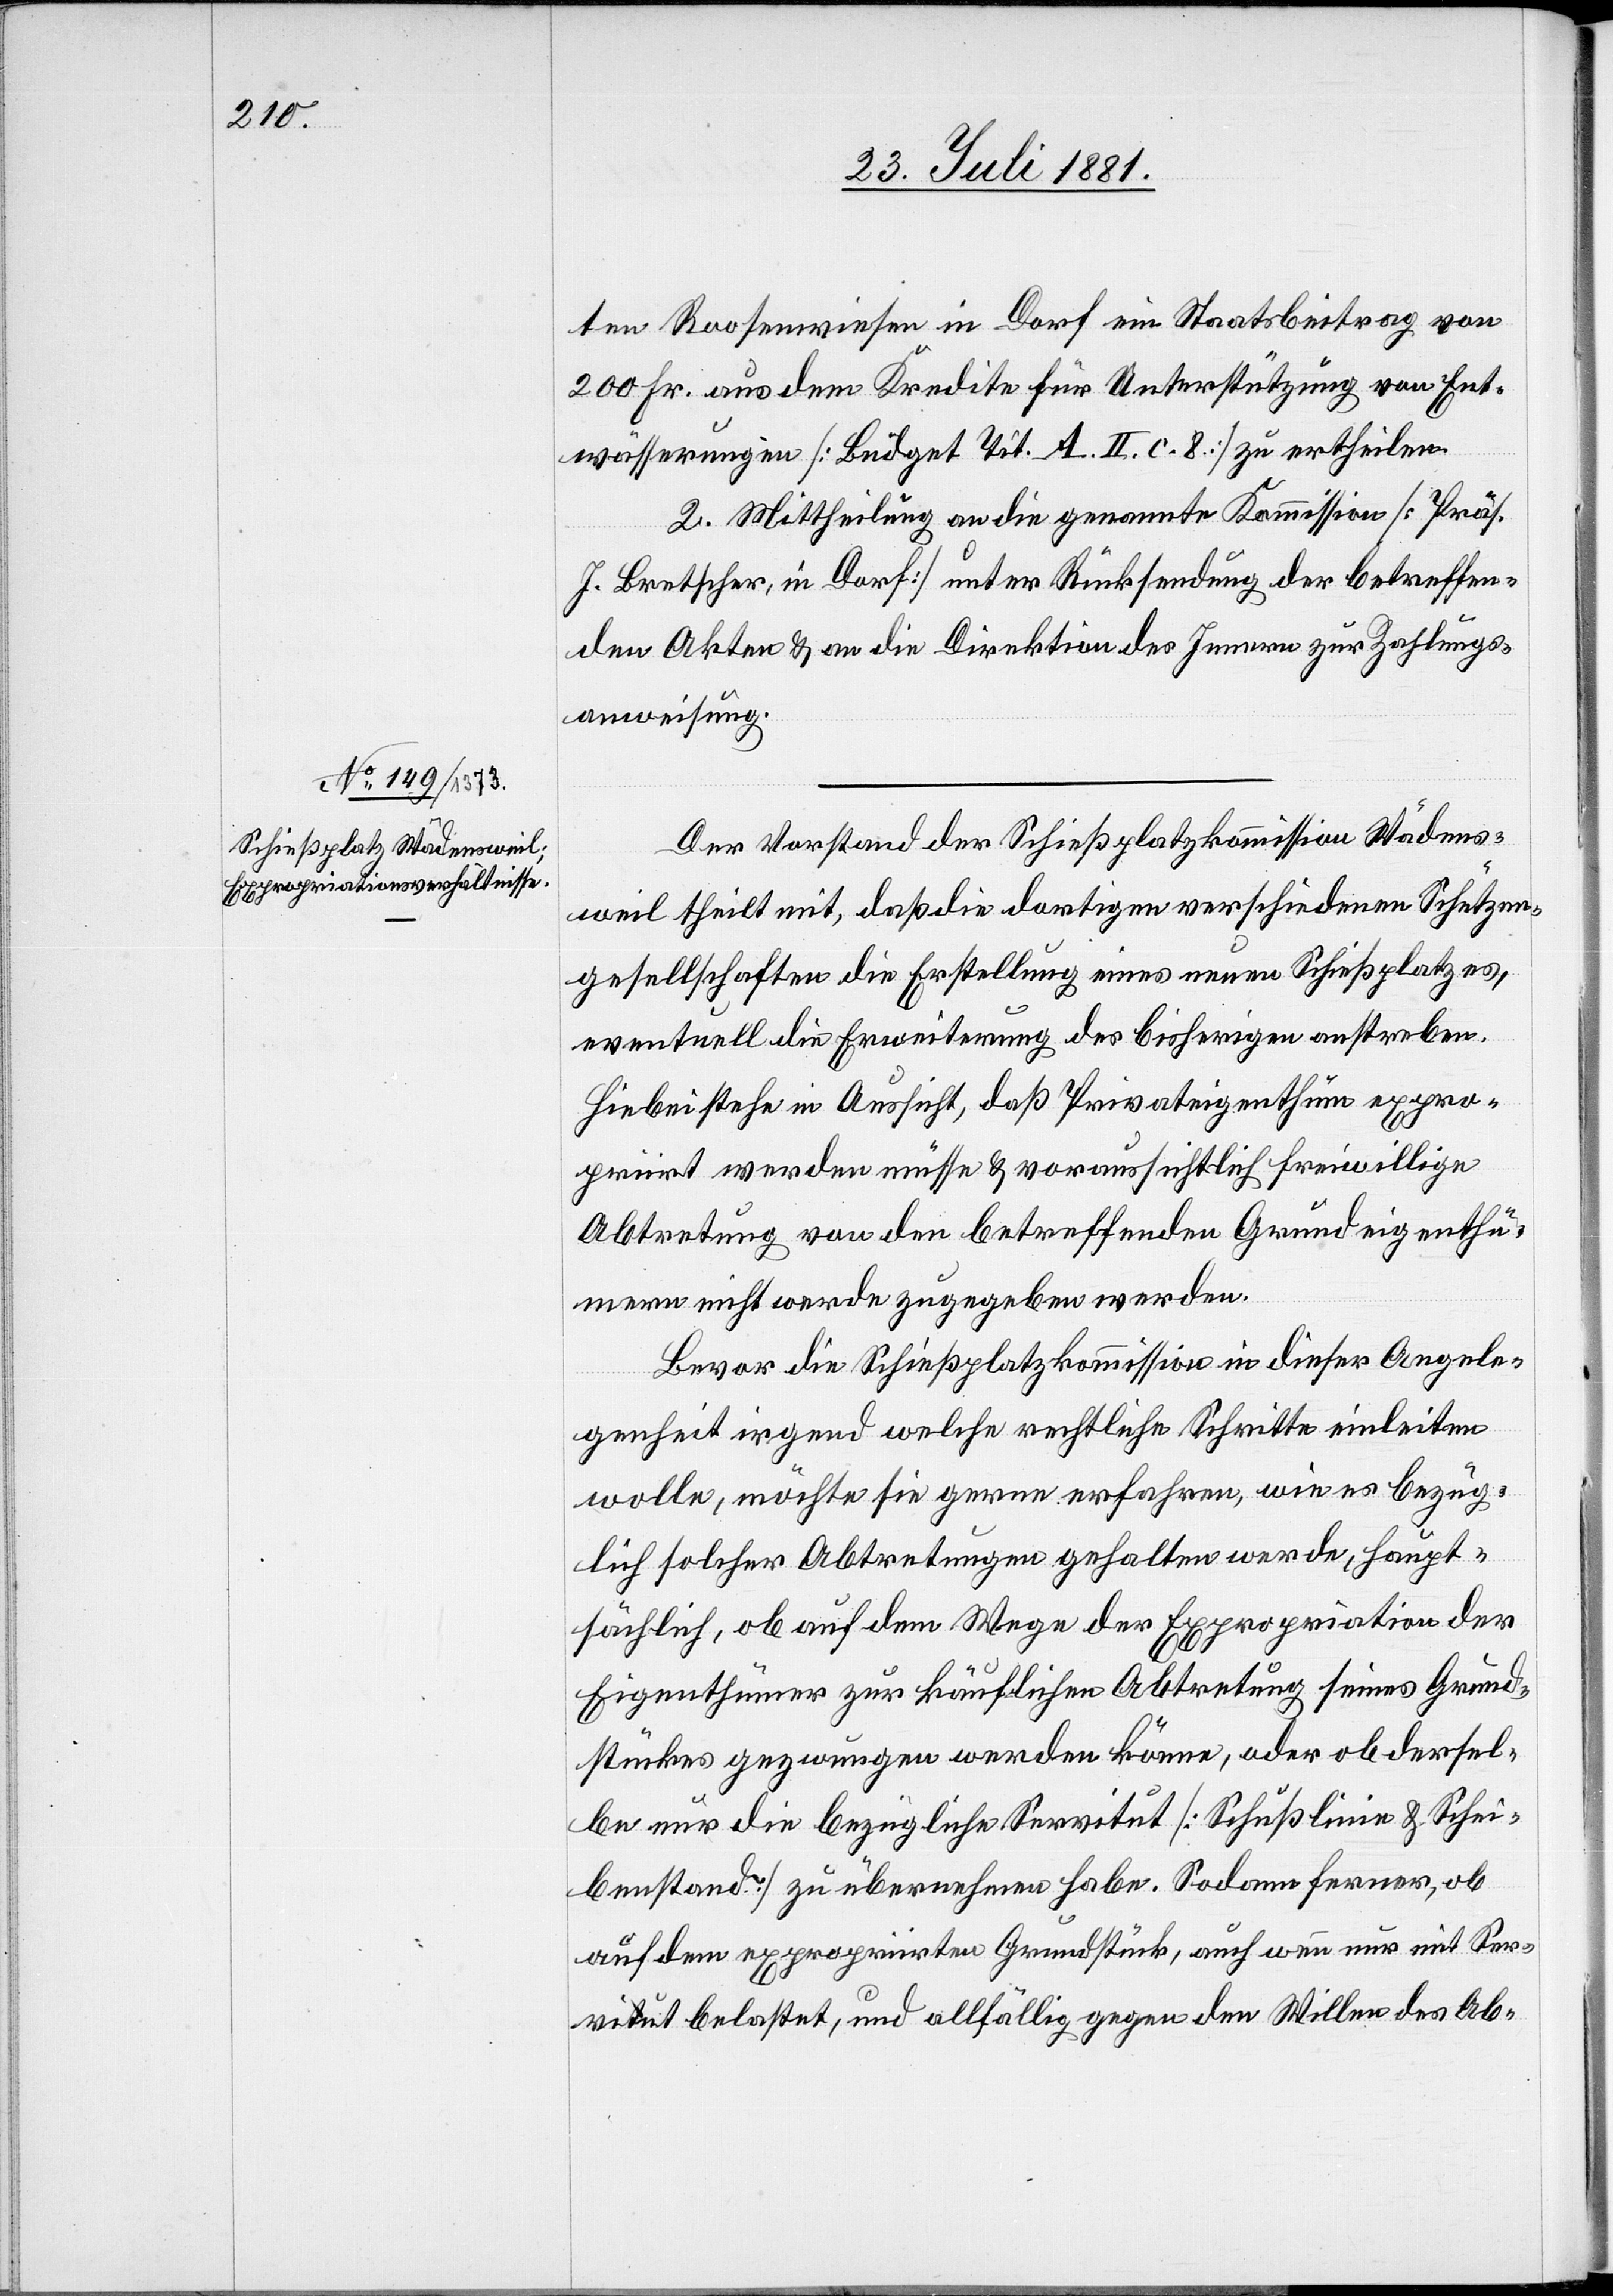
ten Roosenwiese in Dorf ein Staatsbeitrag von
200 Fr. aus dem Kredite für Unterstützung von Ent¬
wässerungen [Budget Tit. A. II. c. 8] zu ertheilen.
2. Mittheilung an die genannte Kommission [Präs.
J. Bretscher, in Dorf] unter Rücksendung der betreffen¬
den Akten & an die Direktion des Innern zur Zahlungs¬
anweisung.
Der Vorstand der Schießplatzkommission Wädens¬
weil theilt mit, daß die dortigen verschiedenen Schützen¬
gesellschaften die Erstellung eines neuen Schießplatzes,
eventuell die Erweiterung des bisherigen anstreben.
Hiebei stehe in Aussicht, daß Privateigenthum expro¬
priirt werden müsse & voraussichtlich freiwillige
Abtretung von den betreffenden Grundeigenthü¬
mern nicht werde zugegeben werden.
Bevor die Schießplatzkommission in dieser Angele¬
genheit irgend welche rechtliche Schritte einleiten
wolle, möchte sie gerne erfahren, wie es bezüg¬
lich solcher Abtretungen gehalten werde, haupt¬
sächlich, ob auf dem Wege der Expropriation der
Eigenthümer zur käuflichen Abtretung seines Grund¬
stückes gezwungen werden könne, oder ob dersel¬
be nur die bezügliche Servitut [Schußlinie & Schei¬
benstand] zu übernehmen habe. Sodann ferner, ob
auf dem expropriirten Grundstück, auch wenn nur mit Ser¬
vitut belastet, und allfällig gegen den Willen des Ab-